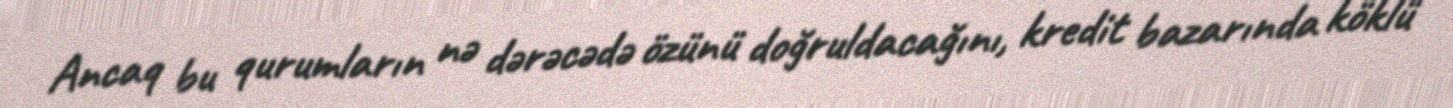
Ancaq bu qurumların nə dərəcədə özünü doğruldacağını, kredit bazarında köklü